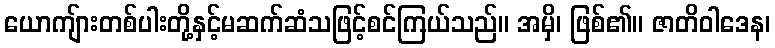
ယောကျ်ားတစ်ပါးတို့နှင့်မဆက်ဆံသဖြင့်စင်ကြယ်သည်။ အမှိ၊ ဖြစ်၏။ ဇာတိဝါဒေန၊